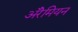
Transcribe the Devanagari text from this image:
अॅरेमियन